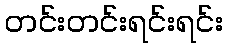
တင်းတင်းရင်းရင်း